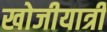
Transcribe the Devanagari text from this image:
खोजीयात्री